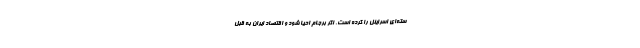
سته‌ای اسرایئل را کرده است. اگر برجام احیا شود و اقتصاد ایران به قبل